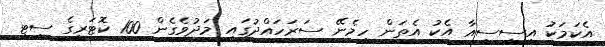
އެކަމަކު އީސީސީއާ އެކު އެތަން ހިމެނޭ ސަރަހައްދުގައި މަދުވެގެން 100 ކޮޓަރީގެ ސިޓީ